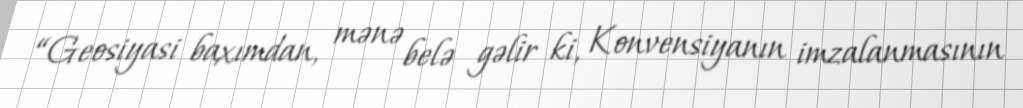
“Geosiyasi baxımdan, mənə belə gəlir ki, Konvensiyanın imzalanmasının